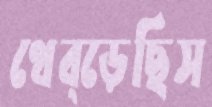
থেব্‌ড়েছিস